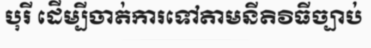
បុរី ដើម្បីចាត់ការទៅតាមនីតិវិធីច្បាប់